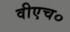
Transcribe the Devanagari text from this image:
वीएच०